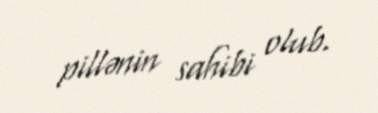
pillənin sahibi olub.